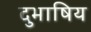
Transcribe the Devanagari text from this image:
दुभाषिय